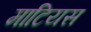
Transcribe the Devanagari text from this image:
माटियस